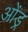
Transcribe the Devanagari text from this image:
ओंड्र